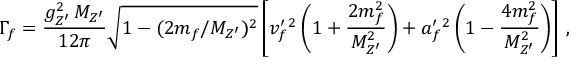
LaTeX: \Gamma _ { f } = \frac { g _ { Z ^ { \prime } } ^ { 2 } \, M _ { Z ^ { \prime } } } { 1 2 \pi } \sqrt { 1 - ( 2 m _ { f } / M _ { Z ^ { \prime } } ) ^ { 2 } } \left[ v _ { f } ^ { \prime } { } ^ { 2 } \left( 1 + \frac { 2 m _ { f } ^ { 2 } } { M _ { Z ^ { \prime } } ^ { 2 } } \right) + a _ { f } ^ { \prime } { } ^ { 2 } \left( 1 - \frac { 4 m _ { f } ^ { 2 } } { M _ { Z ^ { \prime } } ^ { 2 } } \right) \right] \, ,